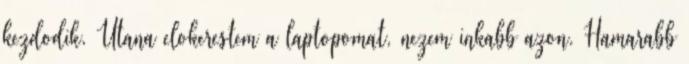
kezdodik. Utana elokerestem a laptopomat, nezem inkabb azon. Hamarabb